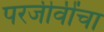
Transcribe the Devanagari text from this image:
परजीवींचा